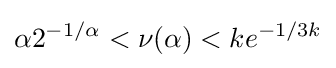
\alpha 2^{-1/\alpha }<\nu (\alpha )<ke^{-1/3k}